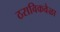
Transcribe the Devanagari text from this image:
ठराविकवेळा